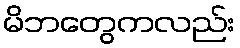
မိဘတွေကလည်း